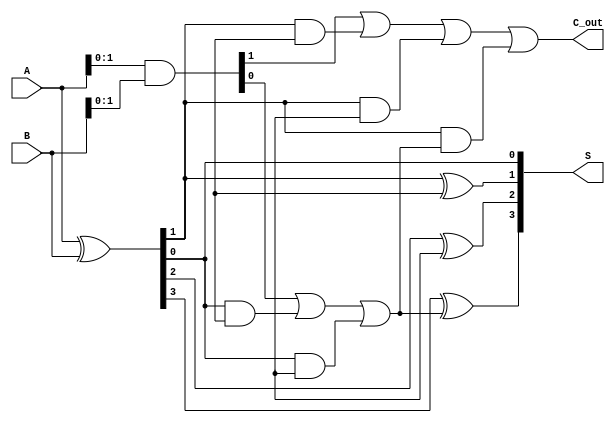
module Parallel_Prefix_Adder #(parameter N = 4) (
    input  [N-1:0] A,    // First operand
    input  [N-1:0] B,    // Second operand
    output [N-1:0] S,    // Sum output
    output        C_out   // Carry out
);

    // Generate and Propagate signals
    wire [N-1:0] G; // Generate signals
    wire [N-1:0] P; // Propagate signals
    wire [N:0] C;   // Carry signals

    // Generate and Propagate calculations
    assign G = A & B;                // G_i = A_i * B_i
    assign P = A ^ B;                // P_i = A_i ^ B_i
    assign C[0] = 1'b0;               // Initial carry in (C_0 = 0)

    // Level 1
    wire [N-1:0] G1; // Level 1 Generate signals
    wire [N-1:0] P1; // Level 1 Propagate signals

    genvar i;
    generate
        for (i = 0; i < N-1; i = i + 1) begin : level1
            assign G1[i+1] = G[i] | (P[i] & C[i]); // G'_{i+1} = G_i + P_i * C_i
            assign P1[i+1] = P[i];                  // P'_{i+1} = P_i
        end
    endgenerate

    // Level 2
    wire [N-1:0] G2; // Level 2 Generate signals
    wire [N-1:0] P2; // Level 2 Propagate signals

    generate
        for (i = 0; i < N-2; i = i + 1) begin : level2
            assign G2[i+2] = G1[i+1] | (P1[i+1] & C[i+1]); // G'_{i+2} = G'_{i+1} + P'_{i+1} * C_{i+1}
            assign P2[i+2] = P1[i+1];                       // P'_{i+2} = P'_{i+1}
        end
    endgenerate

    // Level 3
    generate
        for (i = 0; i < N-3; i = i + 1) begin : level3
            assign C[i+3] = G2[i+2] | (P2[i+2] & C[i+2]); // C_{i+3} = G'_{i+2} + P'_{i+2} * C_{i+2}
        end
    endgenerate

    // Final carry out
    assign C_out = G2[N-1] | (P2[N-1] & C[N-1]);

    // Sum calculation
    generate
        for (i = 0; i < N; i = i + 1) begin : sum_calc
            assign S[i] = P[i] ^ C[i]; // S_i = P_i ^ C_i
        end
    endgenerate

endmodule